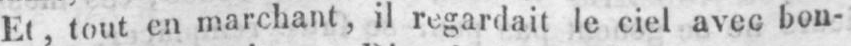
Et, tout en marchant, il regardait le ciel avec bon-